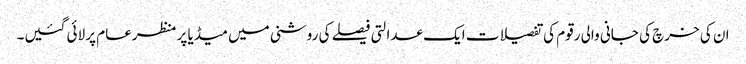
ان کی خرچ کی جانی والی رقوم کی تفصیلات ایک عدالتی فیصلے کی روشنی میں میڈیا پر منظرعام پر لائی گئیں۔